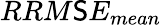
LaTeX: RRM\mathsf{S}E_{mean}